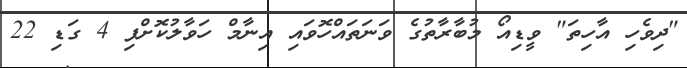
"ދިވެހި އާހިތަ" ވީޑިއޯ މުބާރާތުގެ ވަނަތައްހޮވައި އިނާމް ހަވާލުކޮށްފި 4 ގަޑި 22